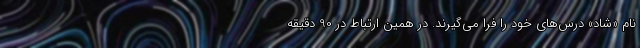
نام «شاد» درس‌های خود را فرا می‌گیرند. در همین ارتباط در 90 دقیقه